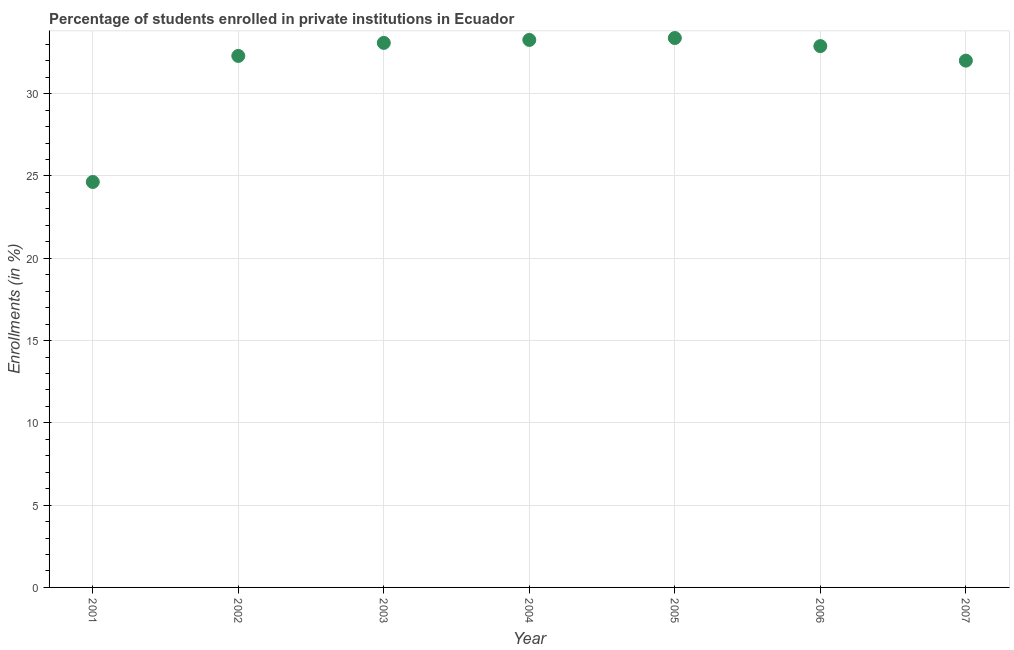
| Year | Enrollments |
 | --- | --- |
 | 2001 | 24.6 |
 | 2002 | 32.3 |
 | 2003 | 33.1 |
 | 2004 | 33.3 |
 | 2005 | 33.4 |
 | 2006 | 32.9 |
 | 2007 | 32 |